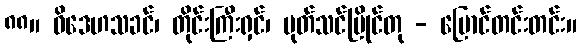
၈၈။ ဝိဒေဟသခင်၊ တိုင်းကြီးရှင်၊ ပုတ်သင်ပြိုင်တု - ပြောင်တင်းတင်း။